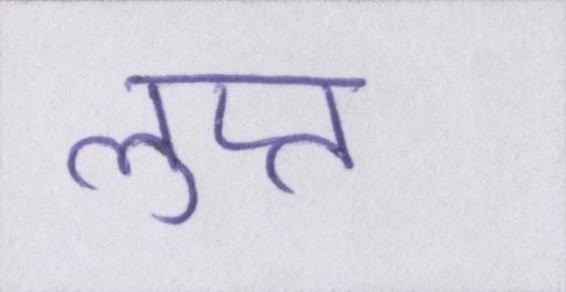
लुप्त